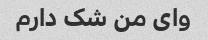
وای من شک دارم